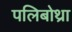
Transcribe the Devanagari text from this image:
पलिबोथ्रा